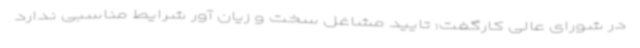
در شورای عالی کارگفت: تایید مشاغل سخت و زیان آور شرایط مناسبی ندارد